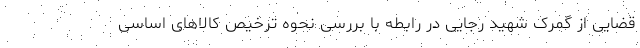
قضایی از گمرک شهید رجایی در رابطه با بررسی نحوه ترخیص کالاهای اساسی